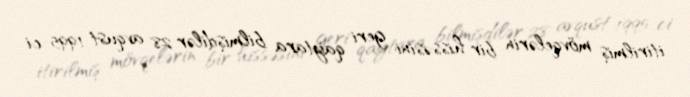
itirilmiş mövqelərin bir hissəsini geri qaytara bilmişdilər 28 avqust 1995-ci